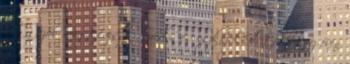
hogy azok megtévesztő módon és eszközökkel több száz éven